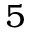
5